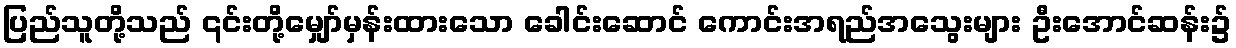
ပြည်သူတို့သည် ၎င်းတို့မျှော်မှန်းထားသော ခေါင်းဆောင် ကောင်းအရည်အသွေးများ ဦးအောင်ဆန်း၌